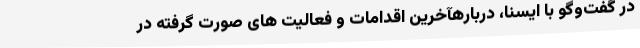
در گفت‌وگو با ایسنا، دربارهآخرین اقدامات و فعالیت های صورت گرفته در